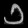
Digit: ၁